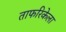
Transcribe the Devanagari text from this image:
ताफरिकेला